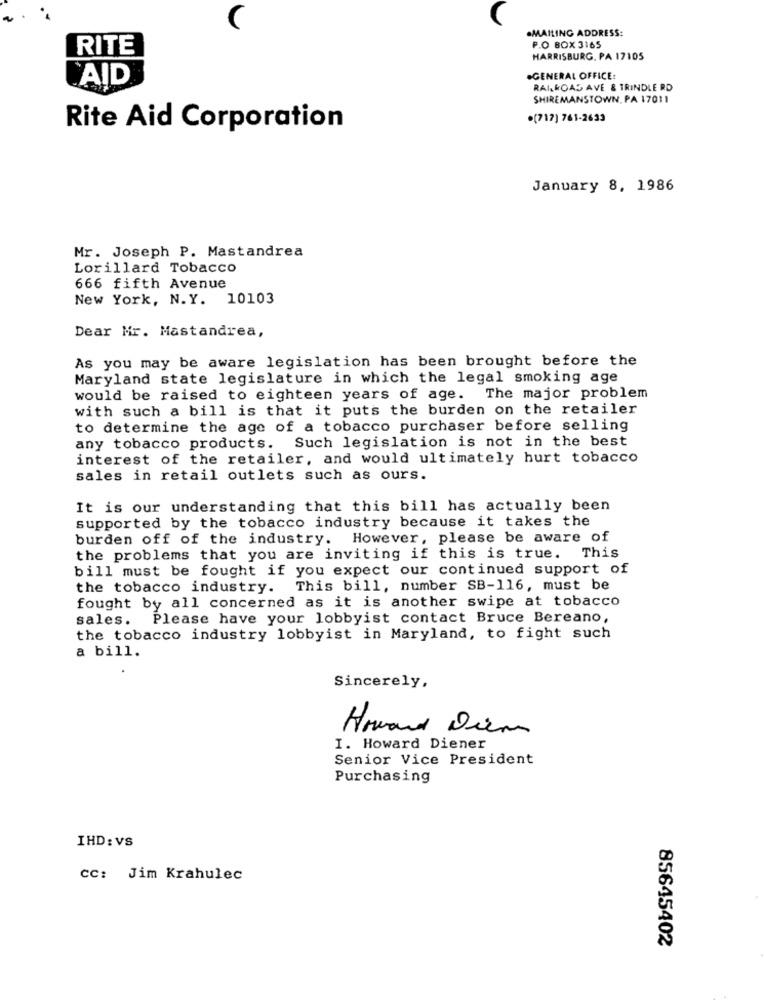
C
.MAILING ADDRESS:
RITE
P.O BOX 3165
HARRISBURG. PA 17105
.GENERAL OFFICE:
AID
RAILROAD AVE & TRINDLE RD
SHIREMANSTOWN, PA 17011
.(717) 761-2633
Rite Aid Corporation
January 8, 1986
Mr. Joseph P. Mastandrea
Lorillard Tobacco
666 fifth Avenue
New York, N.Y. 10103
Dear Mr. Mastandrea,
As you may be aware legislation has been brought before the
Maryland state legislature in which the legal smoking age
would be raised to eighteen years of age. The major problem
with such a bill is that it puts the burden on the retailer
to determine the age of a tobacco purchaser before selling
any tobacco products. Such legislation is not in the best
interest of the retailer, and would ultimately hurt tobacco
sales in retail outlets such as ours.
It is our understanding that this bill has actually been
supported by the tobacco industry because it takes the
burden off of the industry. However, please be aware of
the problems that you are inviting if this is true.
This
bill must be fought if you expect our continued support of
the tobacco industry. This bill, number SB-116, must be
fought by all concerned as it is another swipe at tobacco
sales. Please have your lobbyist contact Bruce Bereano,
the tobacco industry lobbyist in Maryland, to fight such
a bill.
Sincerely,
Howard Dien
I. Howard Diener
Senior Vice President
Purchasing
IHD: VS
cc: Jim Krahulec
85645402